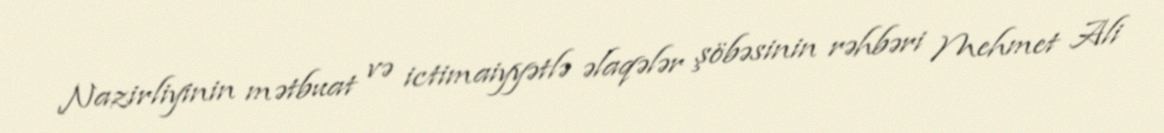
Nazirliyinin mətbuat və ictimaiyyətlə əlaqələr şöbəsinin rəhbəri Mehmet Ali